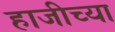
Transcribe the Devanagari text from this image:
हाजीच्या